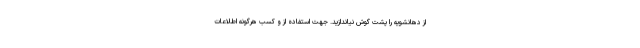
از دهانشویه را پشت گوش نیاندازید. جهت استفاده از و کسب هرگونه اطلاعات